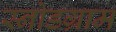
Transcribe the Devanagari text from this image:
स्नोडग्राम